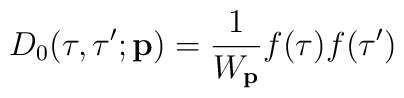
D_0(\tau ,\tau ';{\bf p})=\frac{1}{W_{\bf p}}f(\tau )f(\tau ')